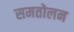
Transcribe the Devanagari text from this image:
समतोलन